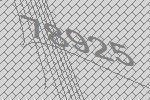
78925